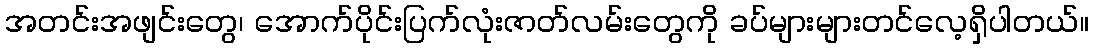
အတင်းအဖျင်းတွေ၊ အောက်ပိုင်းပြက်လုံးဇာတ်လမ်းတွေကို ခပ်များများတင်လေ့ရှိပါတယ်။